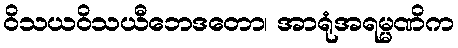
ဝိသယဝိသယီဘေဒတော၊ အာရုံအရမ္မဏိက